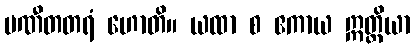
ပဏီတတရံ ဟောတိ။ ယထာ စ ဧကာယ ဣတ္ထိယာ